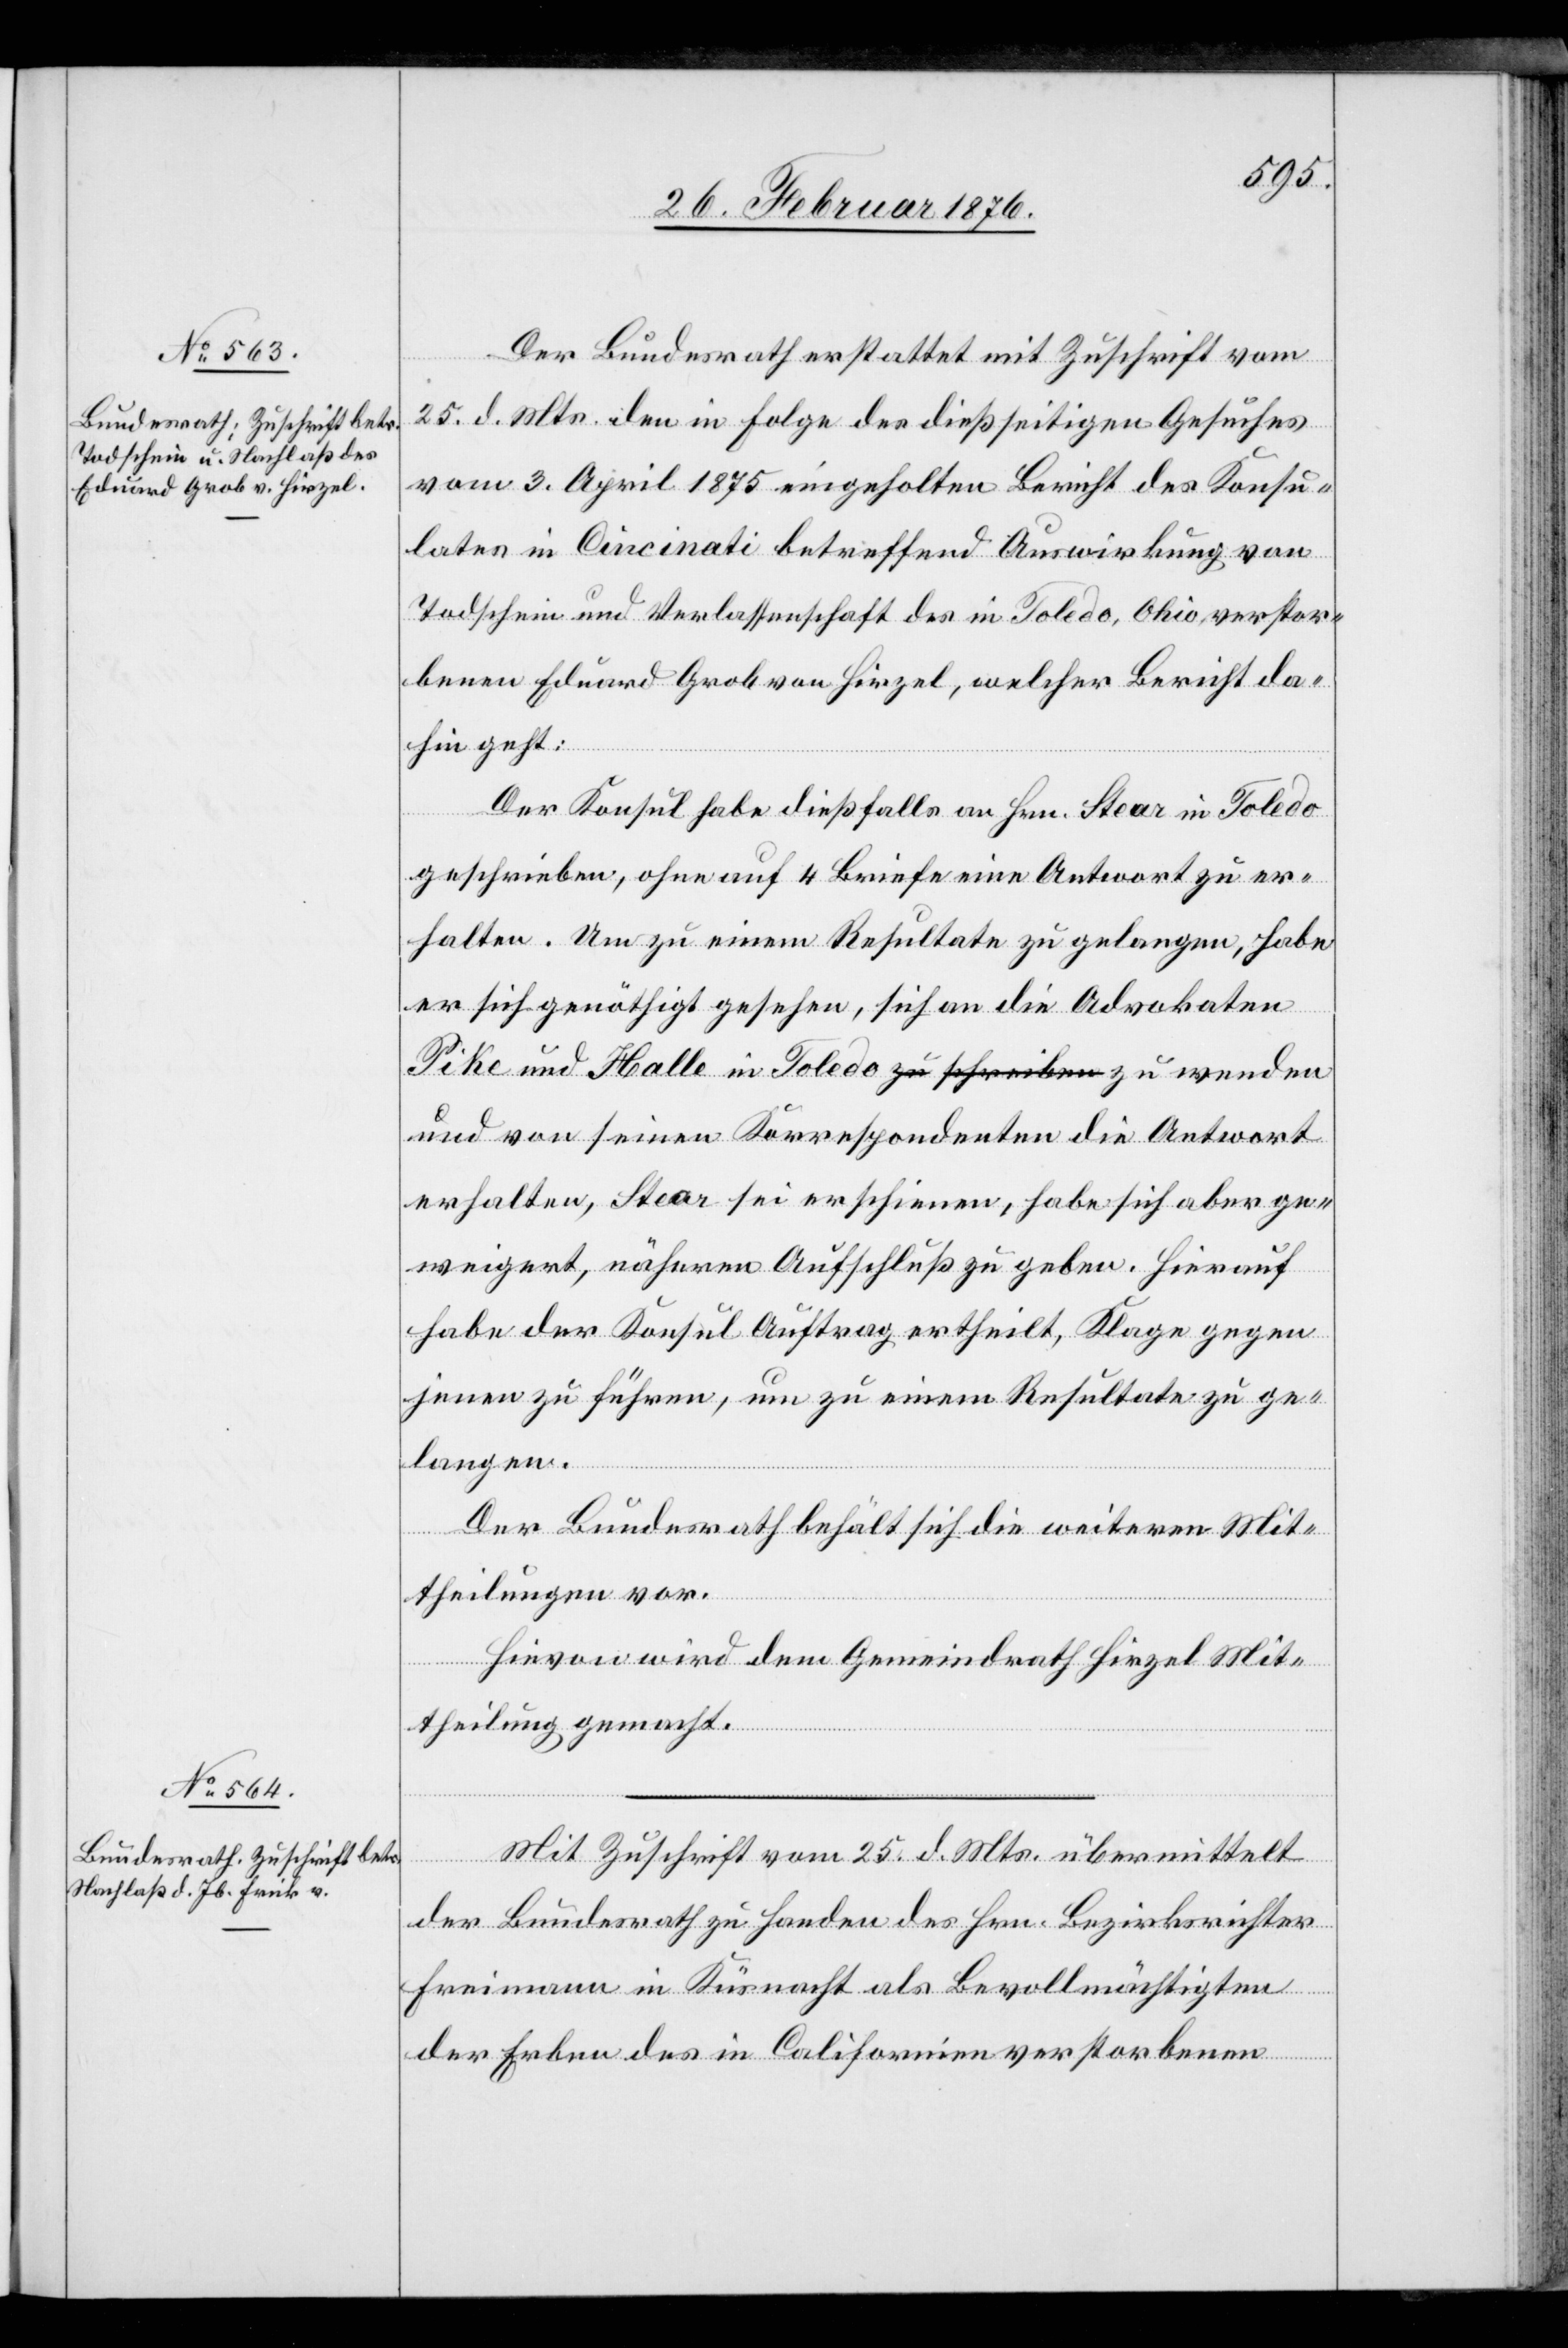
29. Februar 1876.]
Der Bundesrath erstattet mit Zuschrift vom
25. d. Mts. den in Folge des diesseitigen Gesuches
vom 3. April 1875 eingeholten Bericht des Konsu¬
laten in Cincinati betreffend Auswirkung von
Todschein und Verlassenschaft des in Toledo, Ohio, verstor¬
benen Eduard Grob von Hirzel, welcher Bericht da¬
hin geht:
Der Konsul habe dießfalls an Hrn. Stear in Toledo
geschrieben, ohne auf 4 Briefe eine Antwort zu er¬
halten. Um zu einem Resultate zu gelangen, habe
er sich genöthigt gesehen, sich an die Advokaten
Pike und Halle in Toledo zu wenden und von
erhalten, Stear sei erschienen, habe sich aber ge¬
weigert, näheren Aufschluß zu geben. Hierauf
habe der Konsul Auftrag ertheilt, Klage gegen
jenen zu führen, um zu einem Resultate zu ge¬
langen.
Der Bundesrath behält sich die weiteren Mit¬
Antwort
theilungen vor.
denten
Hievon wird dem Gemeindrath Hirzel Mit¬
theilung gemacht.
Mit Zuschrift vom 25. d. Mts. übermittelt
der Bundesrath zu Handen des Hrn. Bezirksrichter
Freimann in Küsnacht als Bevollmächtigtem
der Erben des in Californien verstorbenen